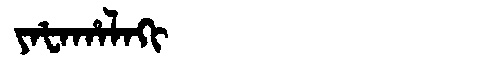
Manchu: ᠶᠠᡶᠠᡥᠠᠯᠠᡴᡳ
Romanization: YAFAHALAKI